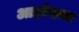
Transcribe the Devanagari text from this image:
आइरेसचा